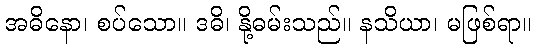
အဓိနော၊ စပ်သော။ ဒဓိ၊ နို့ဓမ်းသည်။ နသိယာ၊ မဖြစ်ရာ။